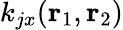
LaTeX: k_{jx}(\mathbf{r}_{1},\mathbf{r}_{2})